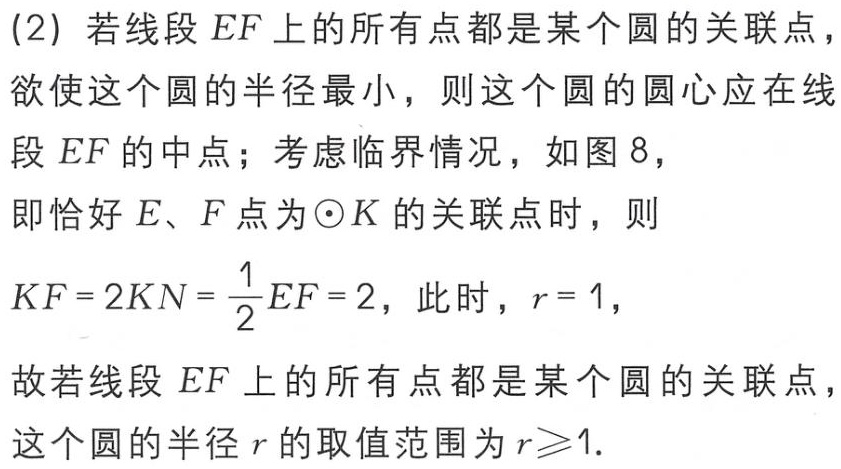
(2) 若线段 \(EF\) 上的所有点都是某个圆的关联点，
欲使这个圆的半径最小，则这个圆的圆心应在线
段 \(EF\) 的中点；考虑临界情况，如图 8，
即恰好 \(E、F\) 点为\(\odot K\) 的关联点时，则
\(KF = 2KN=\frac{1}{2}EF = 2\)，此时，\(r = 1\)，
故若线段 \(EF\) 上的所有点都是某个圆的关联点，
这个圆的半径 \(r\) 的取值范围为 \(r\geqslant1\).